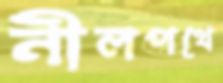
নীলপথে